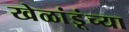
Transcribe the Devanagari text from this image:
खेळांडूंच्या